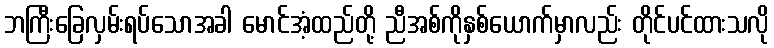
ဘကြီးခြေလှမ်းရပ်သောအခါ မောင်အံ့ထည်တို့ ညီအစ်ကိုနှစ်ယောက်မှာလည်း တိုင်ပင်ထားသလို